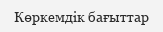
Көркемдік бағыттар